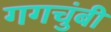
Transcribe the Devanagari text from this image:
गगचुंबी